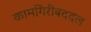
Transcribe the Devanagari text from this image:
कामगिरीबददल